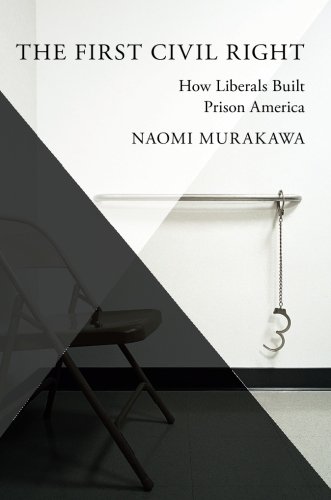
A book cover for The First Civil Right: How Liberals Built Prison America (Studies in Postwar American Political Development); Naomi Murakawa; Law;